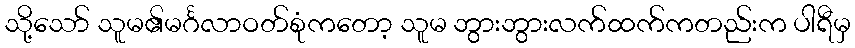
သို့သော် သူမ၏မင်္ဂလာဝတ်စုံကတော့ သူမ ဘွားဘွားလက်ထက်ကတည်းက ပါရီမှ